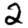
Digit: 2